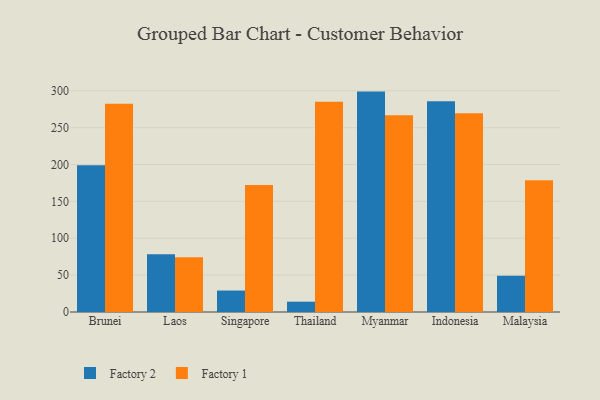
{"axis": {"x": "Country", "y": "Net Income (USD K)"}, "legend": ["Factory 1", "Factory 2"], "data": [{"x": "Brunei", "y": 199.1, "type": "Factory 2"}, {"x": "Brunei", "y": 282.5, "type": "Factory 1"}, {"x": "Laos", "y": 78.2, "type": "Factory 2"}, {"x": "Laos", "y": 74.2, "type": "Factory 1"}, {"x": "Singapore", "y": 29.1, "type": "Factory 2"}, {"x": "Singapore", "y": 172.4, "type": "Factory 1"}, {"x": "Thailand", "y": 14.0, "type": "Factory 2"}, {"x": "Thailand", "y": 285.1, "type": "Factory 1"}, {"x": "Myanmar", "y": 298.9, "type": "Factory 2"}, {"x": "Myanmar", "y": 266.9, "type": "Factory 1"}, {"x": "Indonesia", "y": 285.8, "type": "Factory 2"}, {"x": "Indonesia", "y": 269.7, "type": "Factory 1"}, {"x": "Malaysia", "y": 49.0, "type": "Factory 2"}, {"x": "Malaysia", "y": 178.7, "type": "Factory 1"}]}